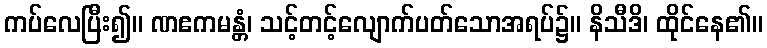
ကပ်လေပြီး၍။ ဏဧကမန္တံ၊ သင့်တင့်လျောက်ပတ်သောအရပ်၌။ နိသီဒိ၊ ထိုင်နေ၏။